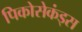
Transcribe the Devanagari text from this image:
पिकोसेकंड्स